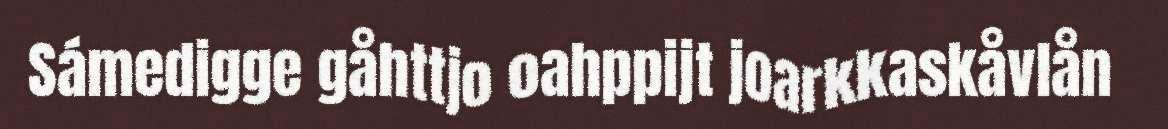
Sámedigge gåhttjo oahppijt joarkkaskåvlån